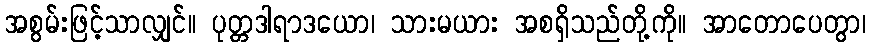
အစွမ်းဖြင့်သာလျှင်။ ပုတ္တဒါရာဒယော၊ သားမယား အစရှိသည်တို့ကို။ အာတောပေတွာ၊